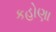
કહોણા